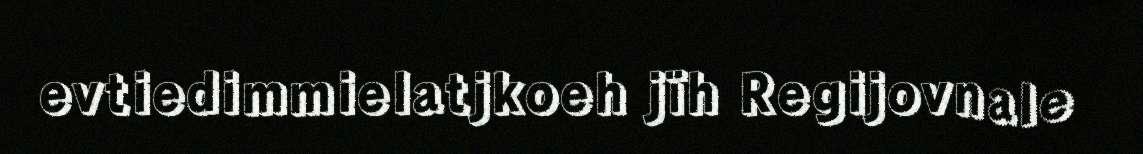
evtiedimmielatjkoeh jïh Regijovnale